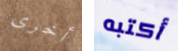
أخرى أكتبه